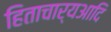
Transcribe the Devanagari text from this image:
हिताचार्यआदि